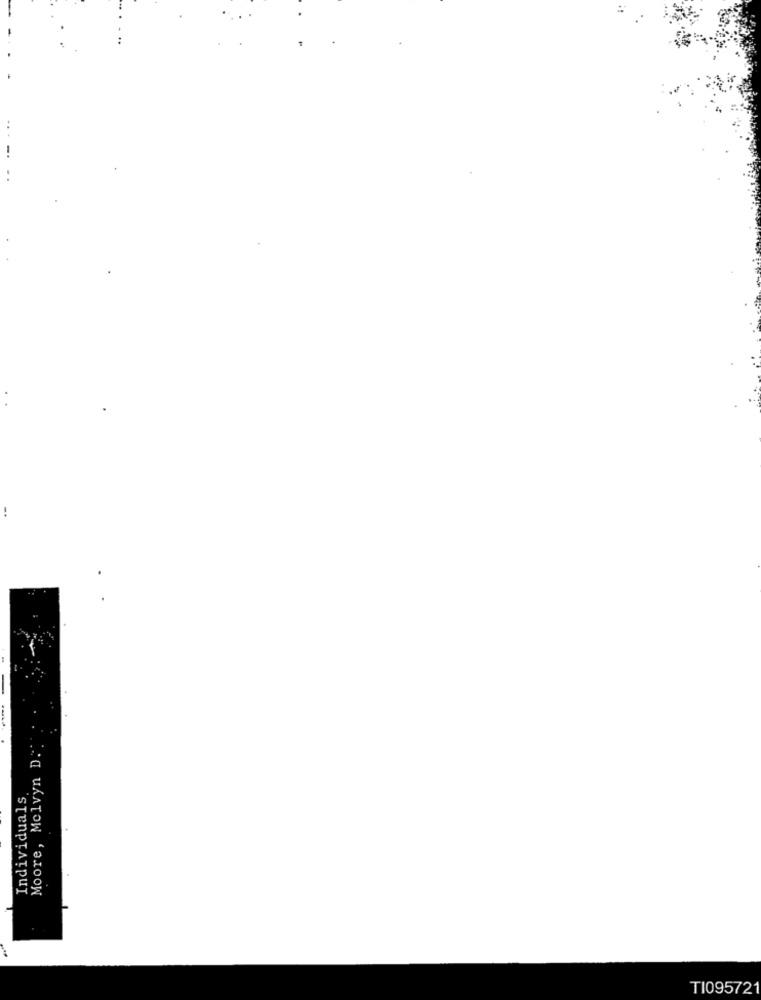
Moore, Melvyn D .:
Individuals
TI095721